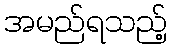
အမည်ရသည့်